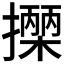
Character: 𢷡